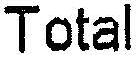
TOTAL